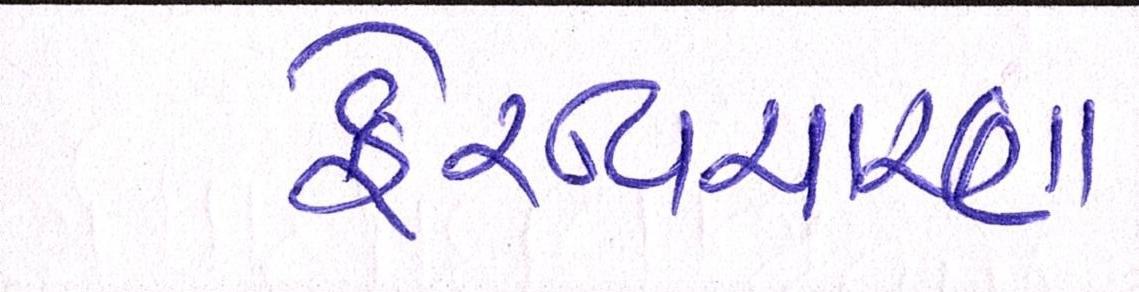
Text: ફેરવિચારણા